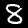
Digit: 8